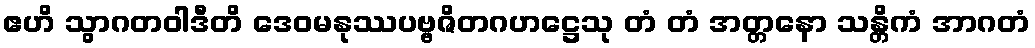
ဧဟိ သွာဂတဝါဒီတိ ဒေဝမနုဿပဗ္ဗဇိတဂဟဋ္ဌေသု တံ တံ အတ္တနော သန္တိကံ အာဂတံ